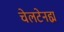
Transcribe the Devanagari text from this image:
चेलटेनह्म